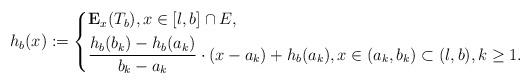
LaTeX: \begin{align*}h_b(x):=\left\lbrace\begin{aligned}&\mathbf{E}_x(T_b),x\in [l,b]\cap E, \\&\frac{h_{b}(b_k)-h_{b}(a_k)}{b_k-a_k}\cdot (x-a_k)+h_{b}(a_k),x\in (a_k,b_k)\subset (l,b), k\geq 1. \end{aligned}\right.\end{align*}